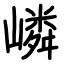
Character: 嶙